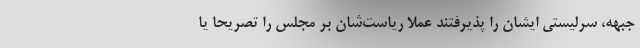
جبهه، سرلیستی ایشان را پذیرفتند عملا ریاست‌شان بر مجلس را تصریحا یا